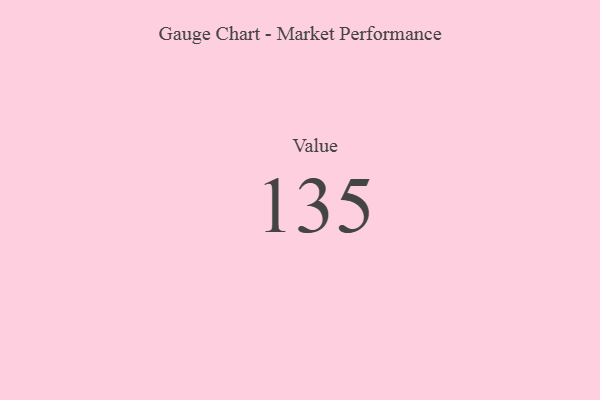
{"axis": {"x": "Metric", "y": "Value"}, "legend": [""], "data": [{"x": "Value", "y": 135, "type": ""}]}